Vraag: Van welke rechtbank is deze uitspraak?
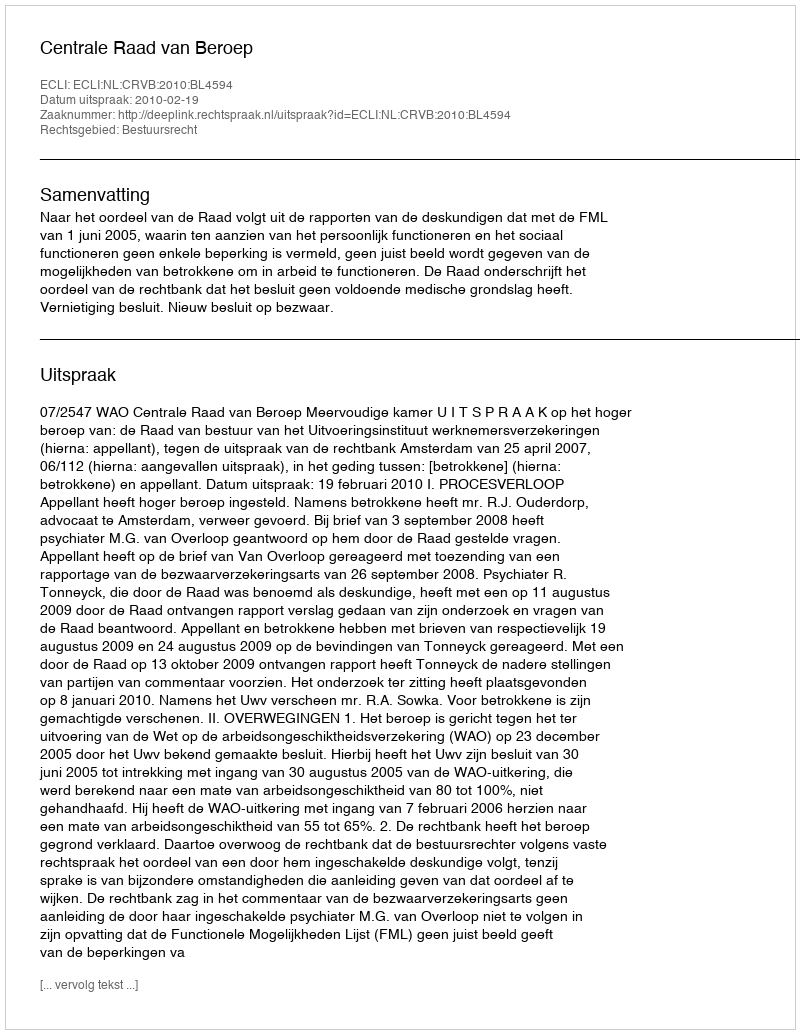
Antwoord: Centrale Raad van Beroep